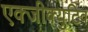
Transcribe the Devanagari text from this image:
एक्जीक्युटिव